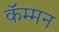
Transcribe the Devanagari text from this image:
कॅम्मन